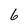
Character: 6